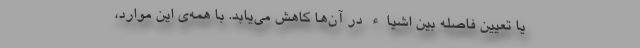
یا تعیین فاصله بین اشیاء در آن‌ها کاهش می‌یابد. با همه‌ی این موارد،